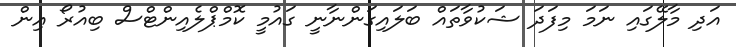
އަދި މާލޭގައި ނަމަ މިފަދަ ޝަކުވާތައް ބަލައިގަންނާނީ ގައުމީ ކޮމްޕްލެއިންޓްސް ބިއުރޯ އިން